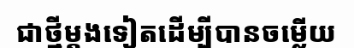
ជាថ្មីម្តងទៀតដើម្បីបានចម្លើយ